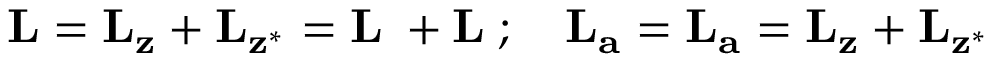
{ \bf L } = { \bf L _ { z } } + { \bf L _ { z ^ { * } } } = { \bf L _ { \xi } } + { \bf L _ { \eta } } ; \quad { \bf L _ { a } } = { \bf L _ { a } } = { \bf L _ { z } } + { \bf L _ { z ^ { * } } }